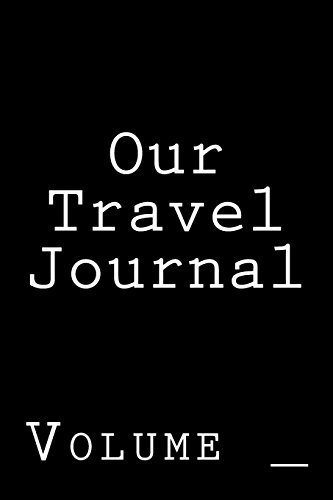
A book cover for Our Travel Journal: Black Cover (S M travel Journals); S M; Gay & Lesbian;